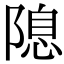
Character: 𨻁